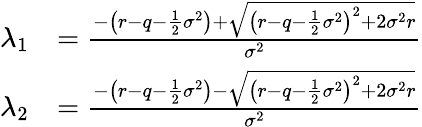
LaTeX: {\begin{array}{rl}{\lambda_{1}}&{={\frac{-\left(r-q-{\frac{1}{2}}\sigma^{2}\right)+{\sqrt{\left(r-q-{\frac{1}{2}}\sigma^{2}\right)^{2}+2\sigma^{2}r}}}{\sigma^{2}}}}\\ {\lambda_{2}}&{={\frac{-\left(r-q-{\frac{1}{2}}\sigma^{2}\right)-{\sqrt{\left(r-q-{\frac{1}{2}}\sigma^{2}\right)^{2}+2\sigma^{2}r}}}{\sigma^{2}}}}\end{array}}